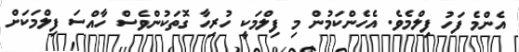
އެންމެ ފަހު ފިލްމެވެ. އެހެންކަމުން މި ފިލްމަކީ ހުރިހާ ގޮތަކުންވެސް ހާއްސަ ފިލްމަކަށް